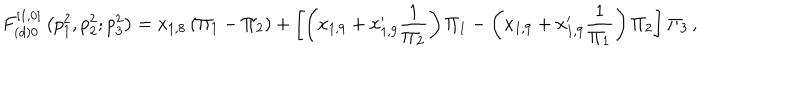
LaTeX: F _ { ( d ) 0 } ^ { [ 1 , 0 ] } \left( p _ { 1 } ^ { 2 } , p _ { 2 } ^ { 2 } ; p _ { 3 } ^ { 2 } \right) = x _ { 1 , 8 } \left( \Pi _ { 1 } - \Pi _ { 2 } \right) + \left[ \left( x _ { 1 , 9 } + x _ { 1 , 9 } ^ { \prime } \frac { 1 } { \Pi _ { 2 } } \right) \Pi _ { 1 } - \left( x _ { 1 , 9 } + x _ { 1 , 9 } ^ { \prime } \frac { 1 } { \Pi _ { 1 } } \right) \Pi _ { 2 } \right] \Pi _ { 3 } \, ,